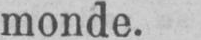
monde.